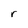
Character: r